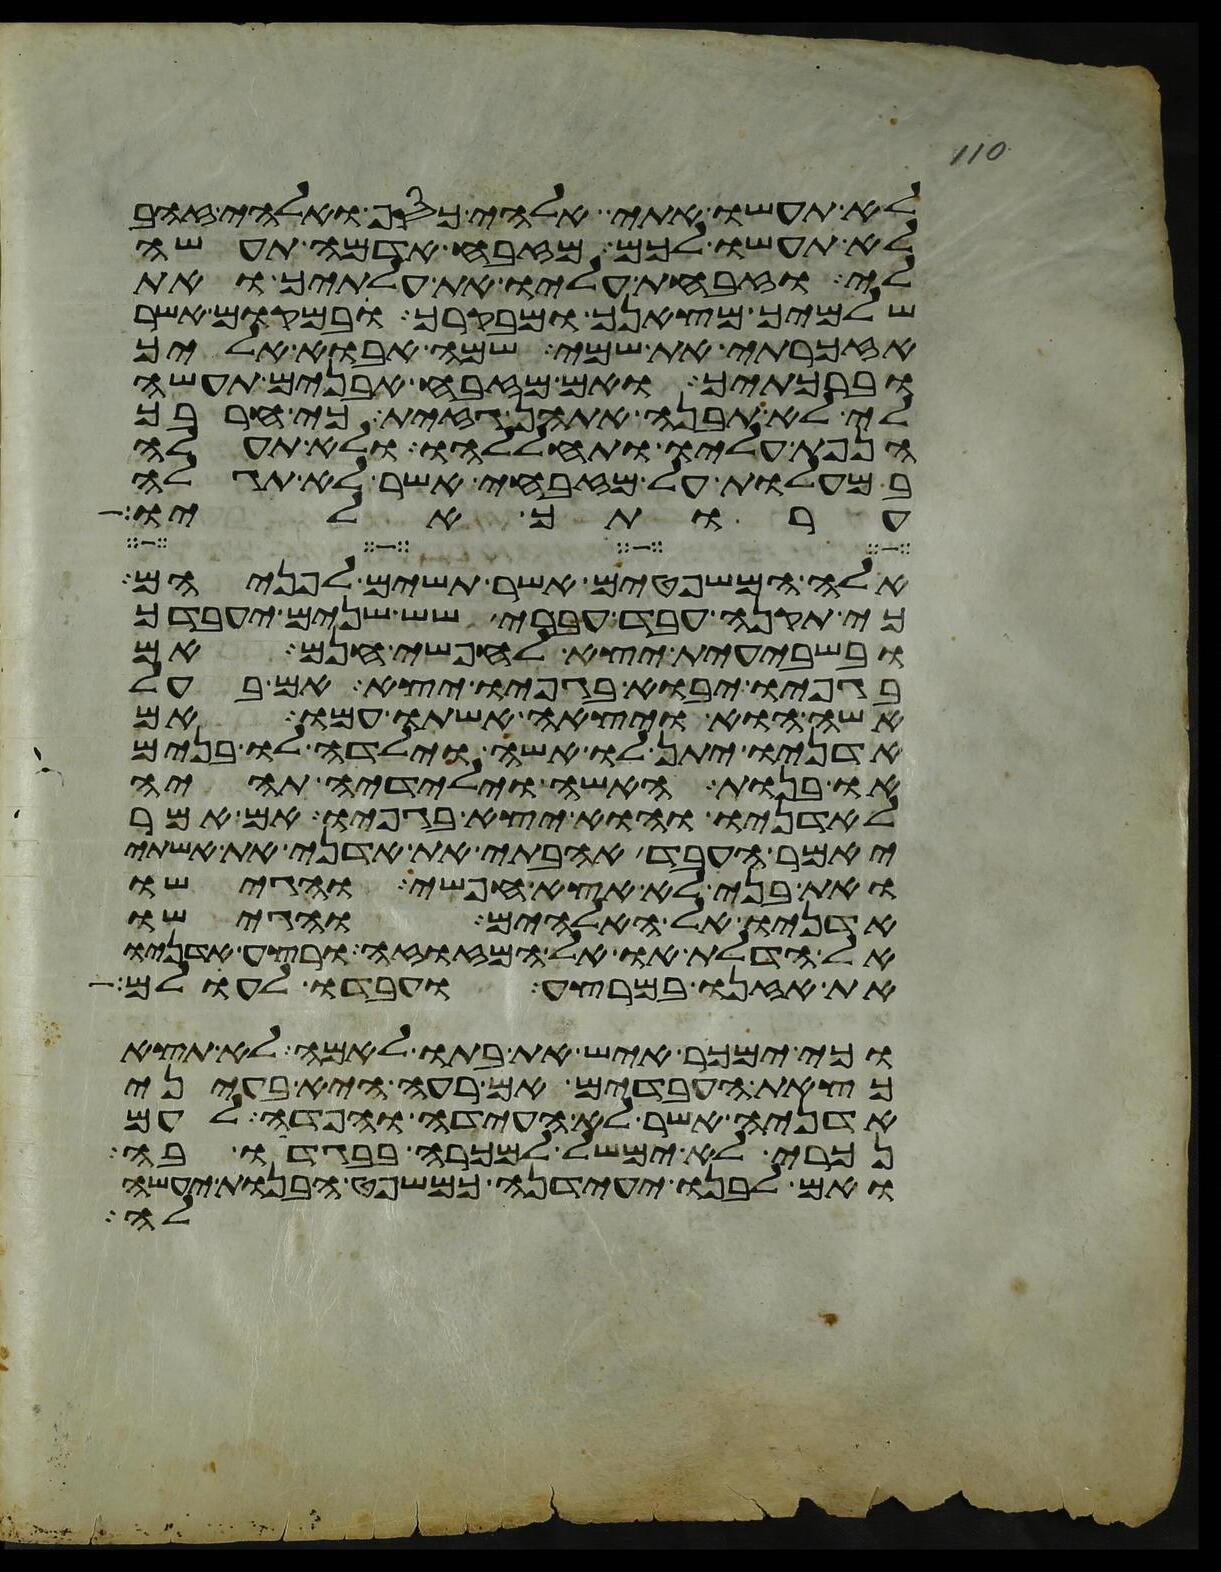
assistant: לא תעשו אתי אלהי כסף ואלהי זהב
לא תעשו לכם מזבח אדמה תעשה
לי וזבחת עליו את עלתיך ואת
שלמיך מצאנך ומבקרך ובמקום אשר
אזכרתי את שמי שמה אבוא אליך
וברכתיך ואם מזבח אבנים תעשה
לי לא תבנה אתהן גזית כי חרבך
הנפת עליו ותחללהו ולא תעלה
במעלות על מזבחי אשר לא תגלה
ערותך אליו
אלה המשפטים אשר תשים לפניהם
כי תקנה עבד עברי שש שנים יעבדך
ובשבעית יצא לחפשי חנם אם
בגפיו יבוא בגפיו יצא אם בעל
אשה הוא ויצאה אשתו עמו אם
אדניו יתן לו אשה וילדה לו בנים
או בנות האשה וילידיה תהיה
לאדניו והוא יצא בגפיו אם אמר
יאמר העבד אהבתי את אדני את אשתי
ואת בני לא אצא חפשי והגישו
אדניו אל האלהים והגישו
אל הדלת או אל המזוזה ורצע אדניו
את אזנו במרצע ועבדו לעולם
וכי ימכר איש את בתו לאמה לא תצא
כצאת העבדים אם רעה היא בעיני
אדניה אשר לא העידה והפדה לעם
נכרי לא ימשל למכרה בבגדו בה
ואם לבנו יעידנה כמשפט הבנות יעשה
לה